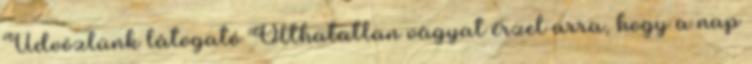
Üdvözlünk látogató Olthatatlan vágyat érzel arra, hogy a nap